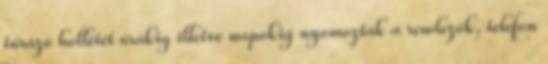
túrázó hollétét órákig illetve napokig nyomozták a rendezők, telefon